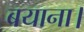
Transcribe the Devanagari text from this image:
बयाना।